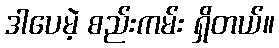
ဒါပေမဲ့ စည်းကမ်း ရှိတယ်။